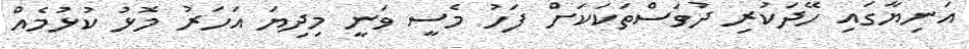
އަނިޔާގައި ހޭދަކުރި ދުވަސްތަކަކަށް ފަހު މެސީ ވަނީ މިދިޔަ އަހަރު މޮޅު ކުޅުމެއް